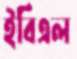
ইবিএল